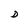
Character: D